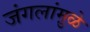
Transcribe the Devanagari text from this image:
जंगलांमु़ळे